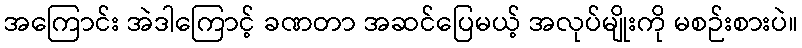
အကြောင်း အဲဒါကြောင့် ခဏတာ အဆင်ပြေမယ့် အလုပ်မျိုးကို မစဉ်းစားပဲ။